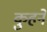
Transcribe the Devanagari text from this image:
कुहने